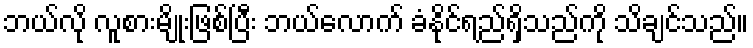
ဘယ်လို လူစားမျိုးဖြစ်ပြီး ဘယ်လောက် ခံနိုင်ရည်ရှိသည်ကို သိချင်သည်။